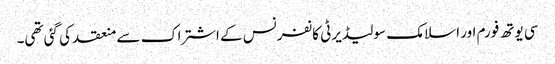
سی یوتھ فورم اور اسلامک سولیڈیرٹی کانفرنس کے اشتراک سے منعقد کی گئی تھی۔